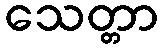
သေတ္တာ